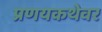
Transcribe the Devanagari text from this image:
प्रणयकथेवर